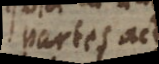
partes actu.